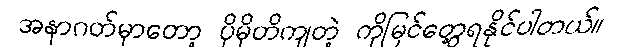
အနာဂတ်မှာတော့ ပိုမိုတိကျတဲ့ ကိုမြင်တွေ့ရနိုင်ပါတယ်။